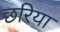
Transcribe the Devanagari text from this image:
छरिया